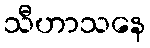
သီဟာသနေ